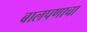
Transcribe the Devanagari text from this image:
बालपणाचा